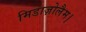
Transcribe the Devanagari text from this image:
मिडाज़ोलैम।